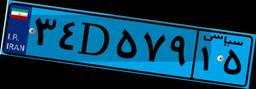
۹۳D۹۵۴۱۶